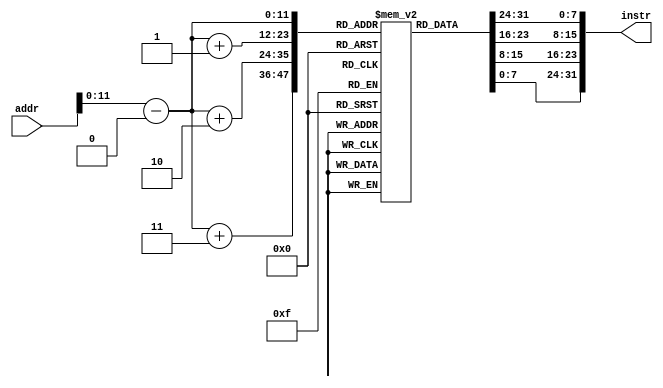

module imem(addr, instr);
    parameter SIZE=4096;
    parameter OFFSET=0;

    input [0:31] addr;
    output [0:31] instr;
    reg [0:7] mem[0:(SIZE-1)];

    wire [0:31] phys_addr;

    assign phys_addr = addr - OFFSET;
    assign instr = {mem[phys_addr],mem[phys_addr+1],mem[phys_addr+2],mem[phys_addr+3]};
endmodule // imem